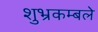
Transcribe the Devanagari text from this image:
शुभ्रकम्बले